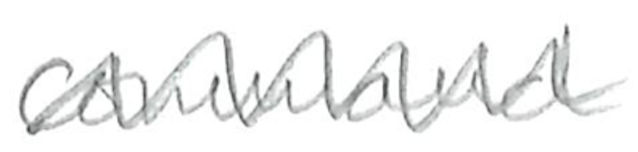
Text: command
Cross-out: zig-zag
Writing tool: pencil